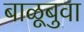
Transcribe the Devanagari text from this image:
बाळूबुवा